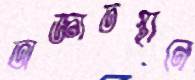
অজ্ঞাতস্থানে